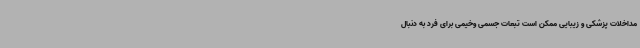
مداخلات پزشکی و زیبایی ممکن است تبعات جسمی وخیمی برای فرد به دنبال